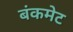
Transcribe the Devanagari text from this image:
बंकमेट